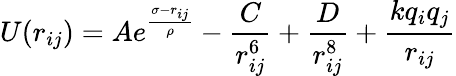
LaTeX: U(r_{ij})=Ae^{\frac{\sigma-r_{ij}}{\rho}}-\frac{C}{r_{ij}^{6}}+\frac{D}{r_{ij}^{8}}+\frac{kq_{i}q_{j}}{r_{ij}}